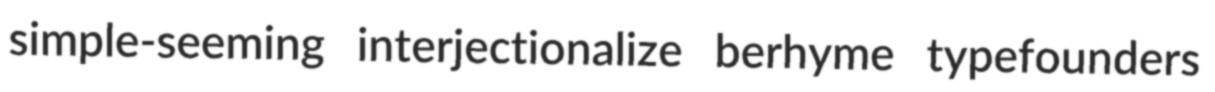
simple-seeming interjectionalize berhyme typefounders